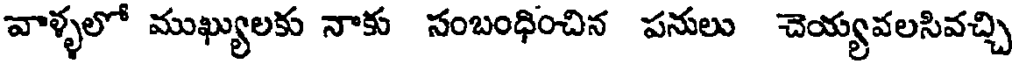
వాళ్ళలో ముఖ్యులకు నాకు సంబంధించిన పనులు చెయ్యవలసివచ్చి